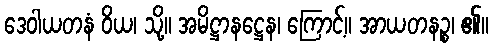
ဒေဝါယတနံ ဝိယ၊ သို့။ အမိဋ္ဌာနဋ္ဌေန၊ ကြောင့်။ အာယတနဉ္စ၊ ၏။